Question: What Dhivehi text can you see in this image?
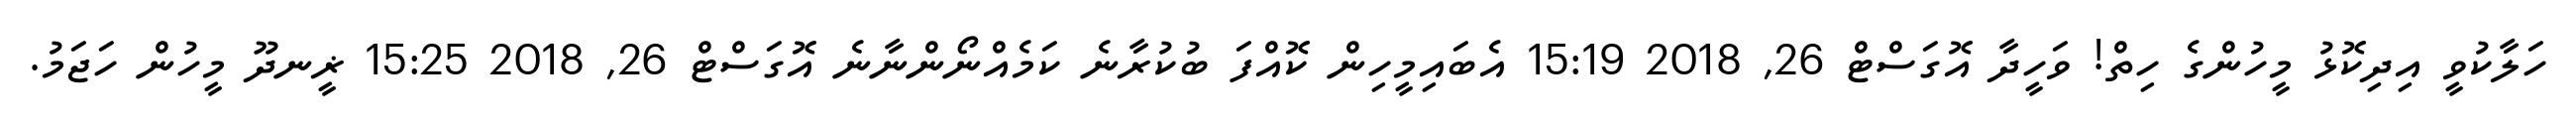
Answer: ހަލާކުވީ އިދިކޮޅު މީހުންގެ ހިތް! ވަހީދާ އޮގަސްޓް 26, 2018 15:19 އެބައިމީހިން ކޮއްފަ ބުކުރާނެ ކަމެއްނޯންނާނެ އޮގަސްޓް 26, 2018 15:25 ޜީނދޫ މީހުން ހަޖަމު.